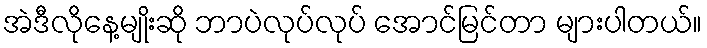
အဲဒီလိုနေ့မျိုးဆို ဘာပဲလုပ်လုပ် အောင်မြင်တာ များပါတယ်။